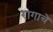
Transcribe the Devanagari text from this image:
रागाचें